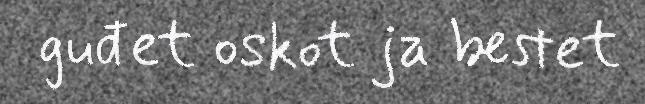
guđet oskot ja bestet